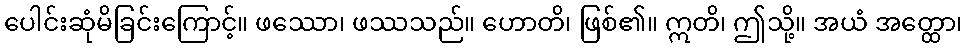
ပေါင်းဆုံမိခြင်းကြောင့်။ ဖဿော၊ ဖဿသည်။ ဟောတိ၊ ဖြစ်၏။ ဣတိ၊ ဤသို့။ အယံ အတ္ထော၊